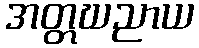
အတ္တဃညာယ